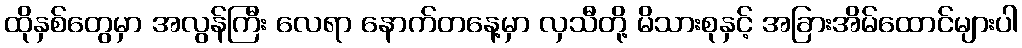
ထိုနှစ်တွေမှာ အလွန်ကြီး လေရာ နောက်တနေ့မှာ လှသီတို့ မိသားစုနှင့် အခြားအိမ်ထောင်များပါ